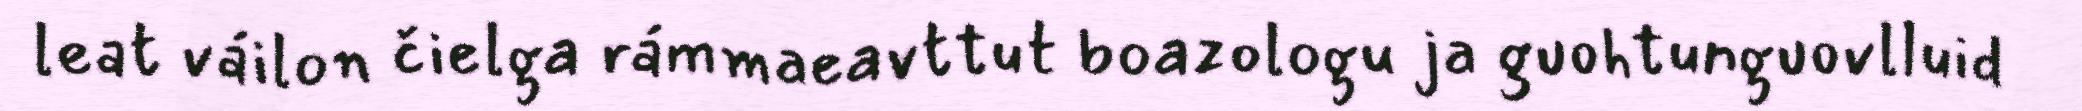
leat váilon čielga rámmaeavttut boazologu ja guohtunguovlluid